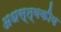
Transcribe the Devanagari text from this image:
अधस्त्वकीय